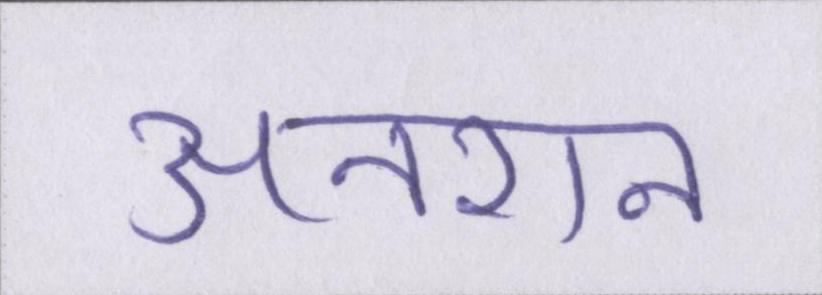
अनशन